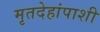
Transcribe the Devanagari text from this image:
मृतदेहांपाशी